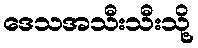
ဒေသအသီးသီးသို့